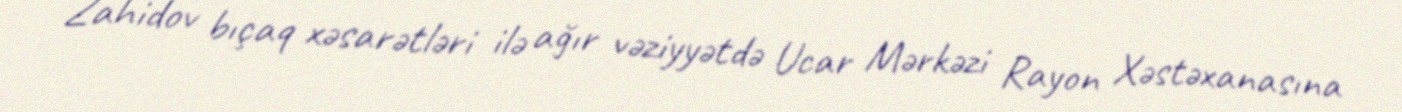
Zahidov bıçaq xəsarətləri ilə ağır vəziyyətdə Ucar Mərkəzi Rayon Xəstəxanasına